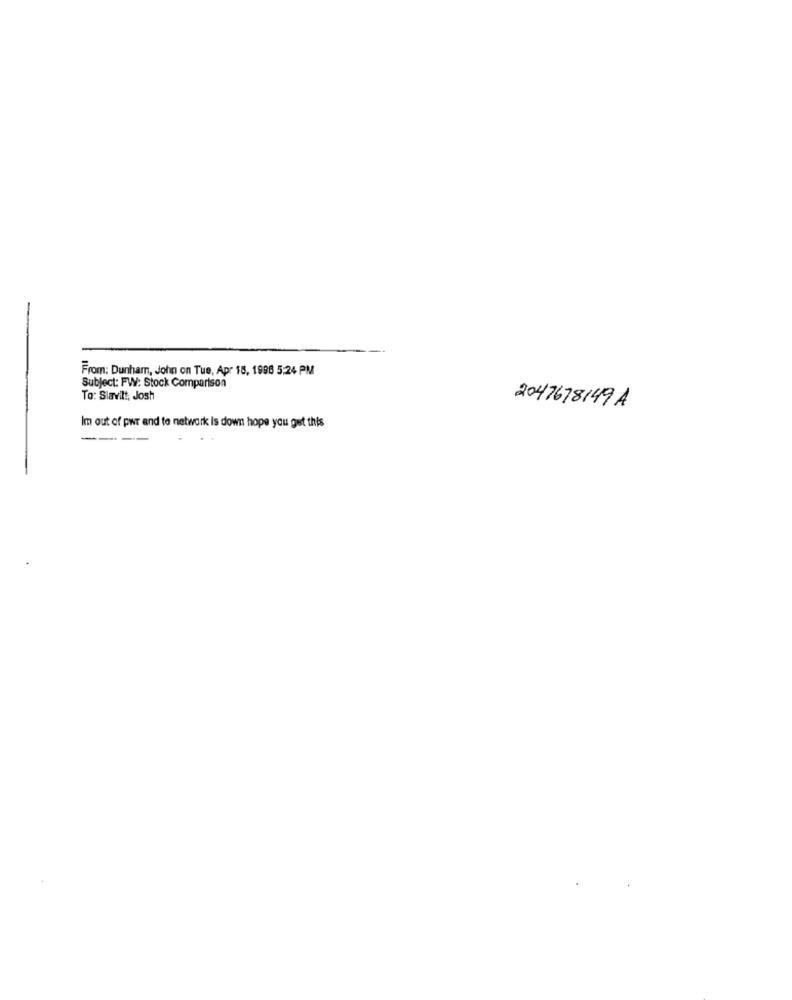
From: Dunham, John on Tue, Apr 18, 1996 5:24 PM
Subject: FW: Stock Comparison
To: Slavilt, Josh
2047678149 A
Im out of pwr and to network is down hope you get this
----